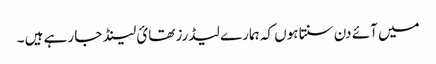
میں آئے دن سنتا ہوں کہ ہمارے لیڈرز تھائ لینڈ جا رہے ہیں ۔